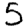
Digit: 5